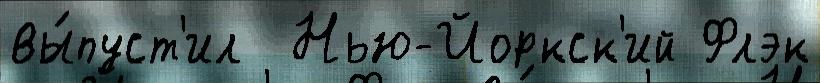
вы́пуст'ил  Нью-Йоркск'ий Флэк